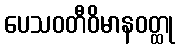
ပေသဝတီဝိမာနဝတ္ထု